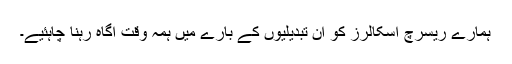
ہمارے ریسرچ اسکالرز کو ان تبدیلیوں کے بارے میں ہمہ وقت آگاہ رہنا چاہئیے۔